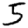
Digit: 5